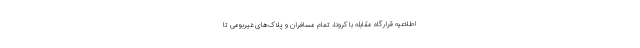
اطلاعیه قرارگاه مقابله با کرونا، تمام مسافران و پلاک‌های غیربومی تا